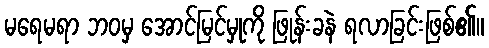
မရေမရာ ဘဝမှ အောင်မြင်မှုကို ဖြုန်းခနဲ ရလာခြင်းဖြစ်၏။